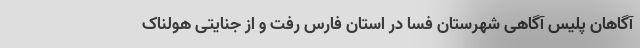
آگاهان پلیس آگاهی شهرستان فسا در استان فارس رفت و از جنایتی هولناک